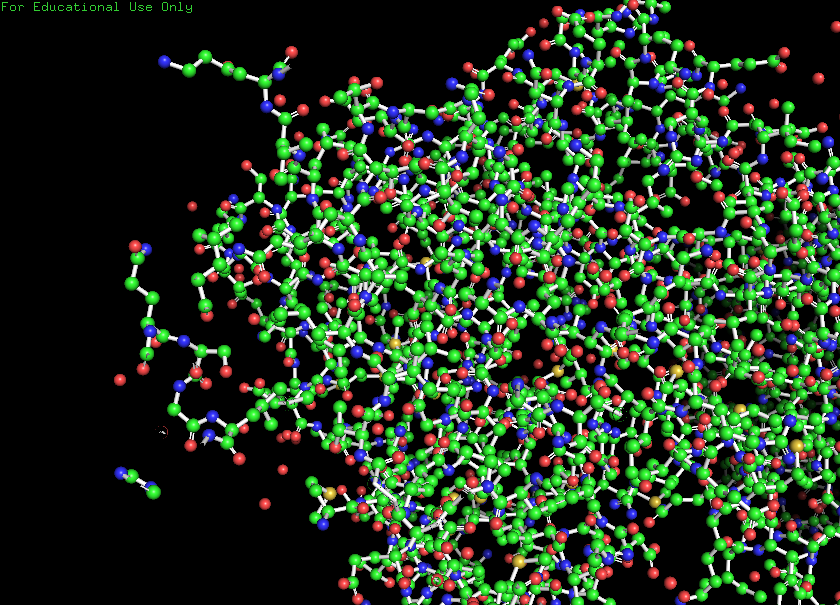
pymol, preset, ball_and_stick